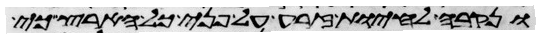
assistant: ונקבה להחיות זרע על פני כל הארץ כי